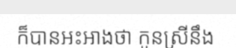
ក៏បានអះអាងថា កូនស្រីនឹង